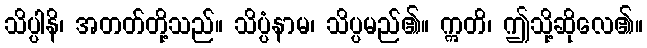
သိပ္ပါနိ၊ အတတ်တို့သည်။ သိပ္ပံနာမ၊ သိပ္ပမည်၏။ ဣတိ၊ ဤသို့ဆိုလေ၏။